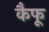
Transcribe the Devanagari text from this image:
कैफू